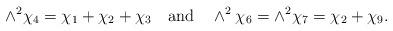
LaTeX: \begin{align*}\wedge^{2}\chi_{4}=\chi_{1}+\chi_{2}+\chi_{3}\mbox{ \ \ and \ \ }\wedge^{2}\chi_{6}=\wedge^{2}\chi_{7}=\chi_{2}+\chi_{9}.\end{align*}